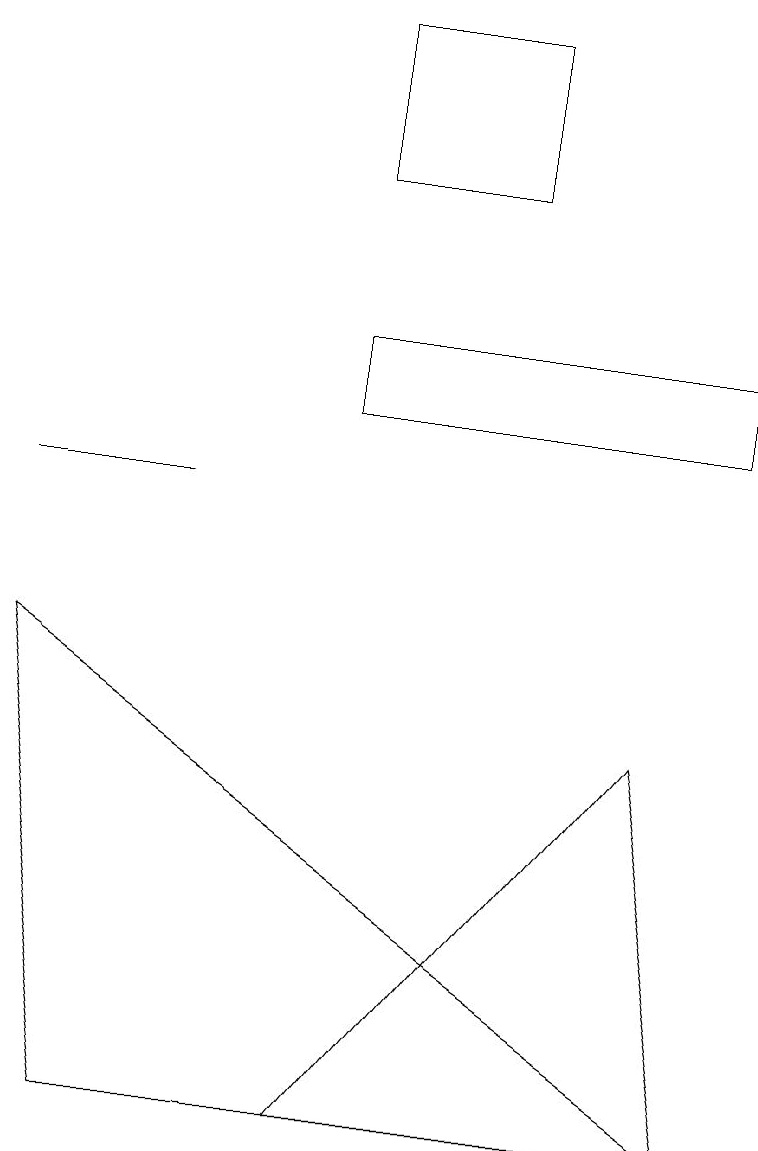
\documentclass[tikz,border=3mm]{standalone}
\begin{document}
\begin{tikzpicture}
\draw (4,15) rectangle (6,17);
\draw (2,11) rectangle (0,11);
\draw (4,12) rectangle (9,13);
\draw (1,3) -- (9,3) -- (0,9) -- cycle;
\draw (4,3) -- (8,8) -- (9,3) -- cycle;
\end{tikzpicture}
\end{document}